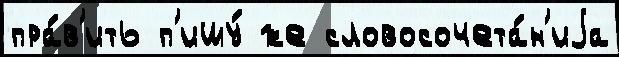
пра́в'ить п'ишу́ же словосочета́н'иjа